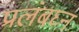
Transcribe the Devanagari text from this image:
प्रलंबघ्न